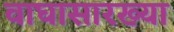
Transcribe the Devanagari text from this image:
वाघासारख्या